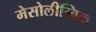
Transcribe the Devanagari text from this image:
मेसोलीम्बिक